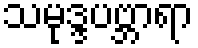
သမုဒ္ဒပဗ္ဘာရာ